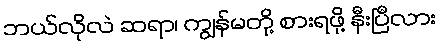
ဘယ်လိုလဲ ဆရာ၊ ကျွန်မတို့ စားရဖို့ နီးပြီလား